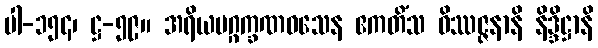
ပါ-၁၅၄၊ ဋ္ဌ-၅၉။ အရိယမဂ္ဂက္ခဏဝသေန ဧကတိံသ ဝိဿဇ္ဇနာနိ နိဒ္ဒိဋ္ဌာနိ